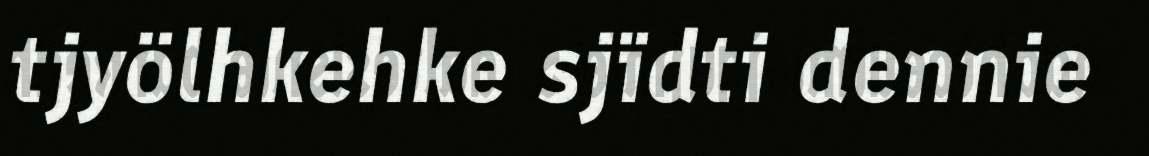
tjyölhkehke sjïdti dennie